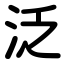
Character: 泛